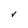
Character: V